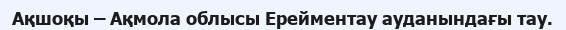
Ақшоқы – Ақмола облысы Ерейментау ауданындағы тау.